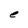
Character: e